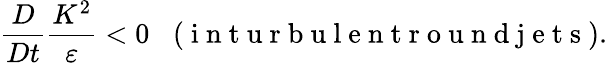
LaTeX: \frac{D}{Dt}\frac{K^{2}}{\varepsilon}<0\; \; \; (\mathrm{~i~n~t~u~r~b~u~l~e~n~t~r~o~u~n~d~j~e~t~s~}).